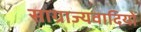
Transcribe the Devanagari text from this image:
साग्राज्यवादियों